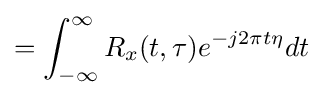
=\int _{-\infty }^{\infty }R_{x}(t,\tau )e^{-j2\pi t\eta }dt